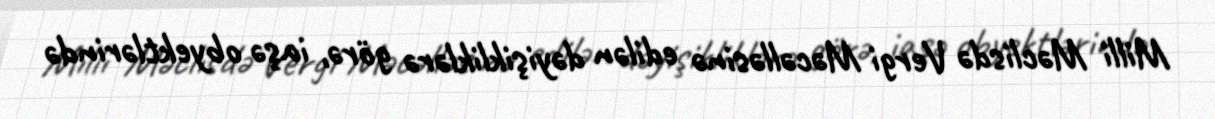
Milli Məclisdə Vergi Məcəlləsinə edilən dəyişikliklərə görə, iaşə obyektlərində